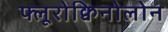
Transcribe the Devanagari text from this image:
फ्लूरोक्विनोलोन